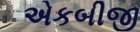
એકબીજી